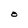
Character: O